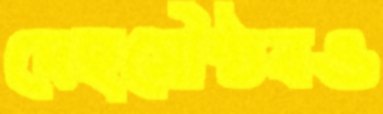
দেহসৌষ্ঠবও